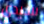
سيدي